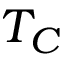
T _ { C }